Seli_vallavalitsus_Parnumaal, lk 11
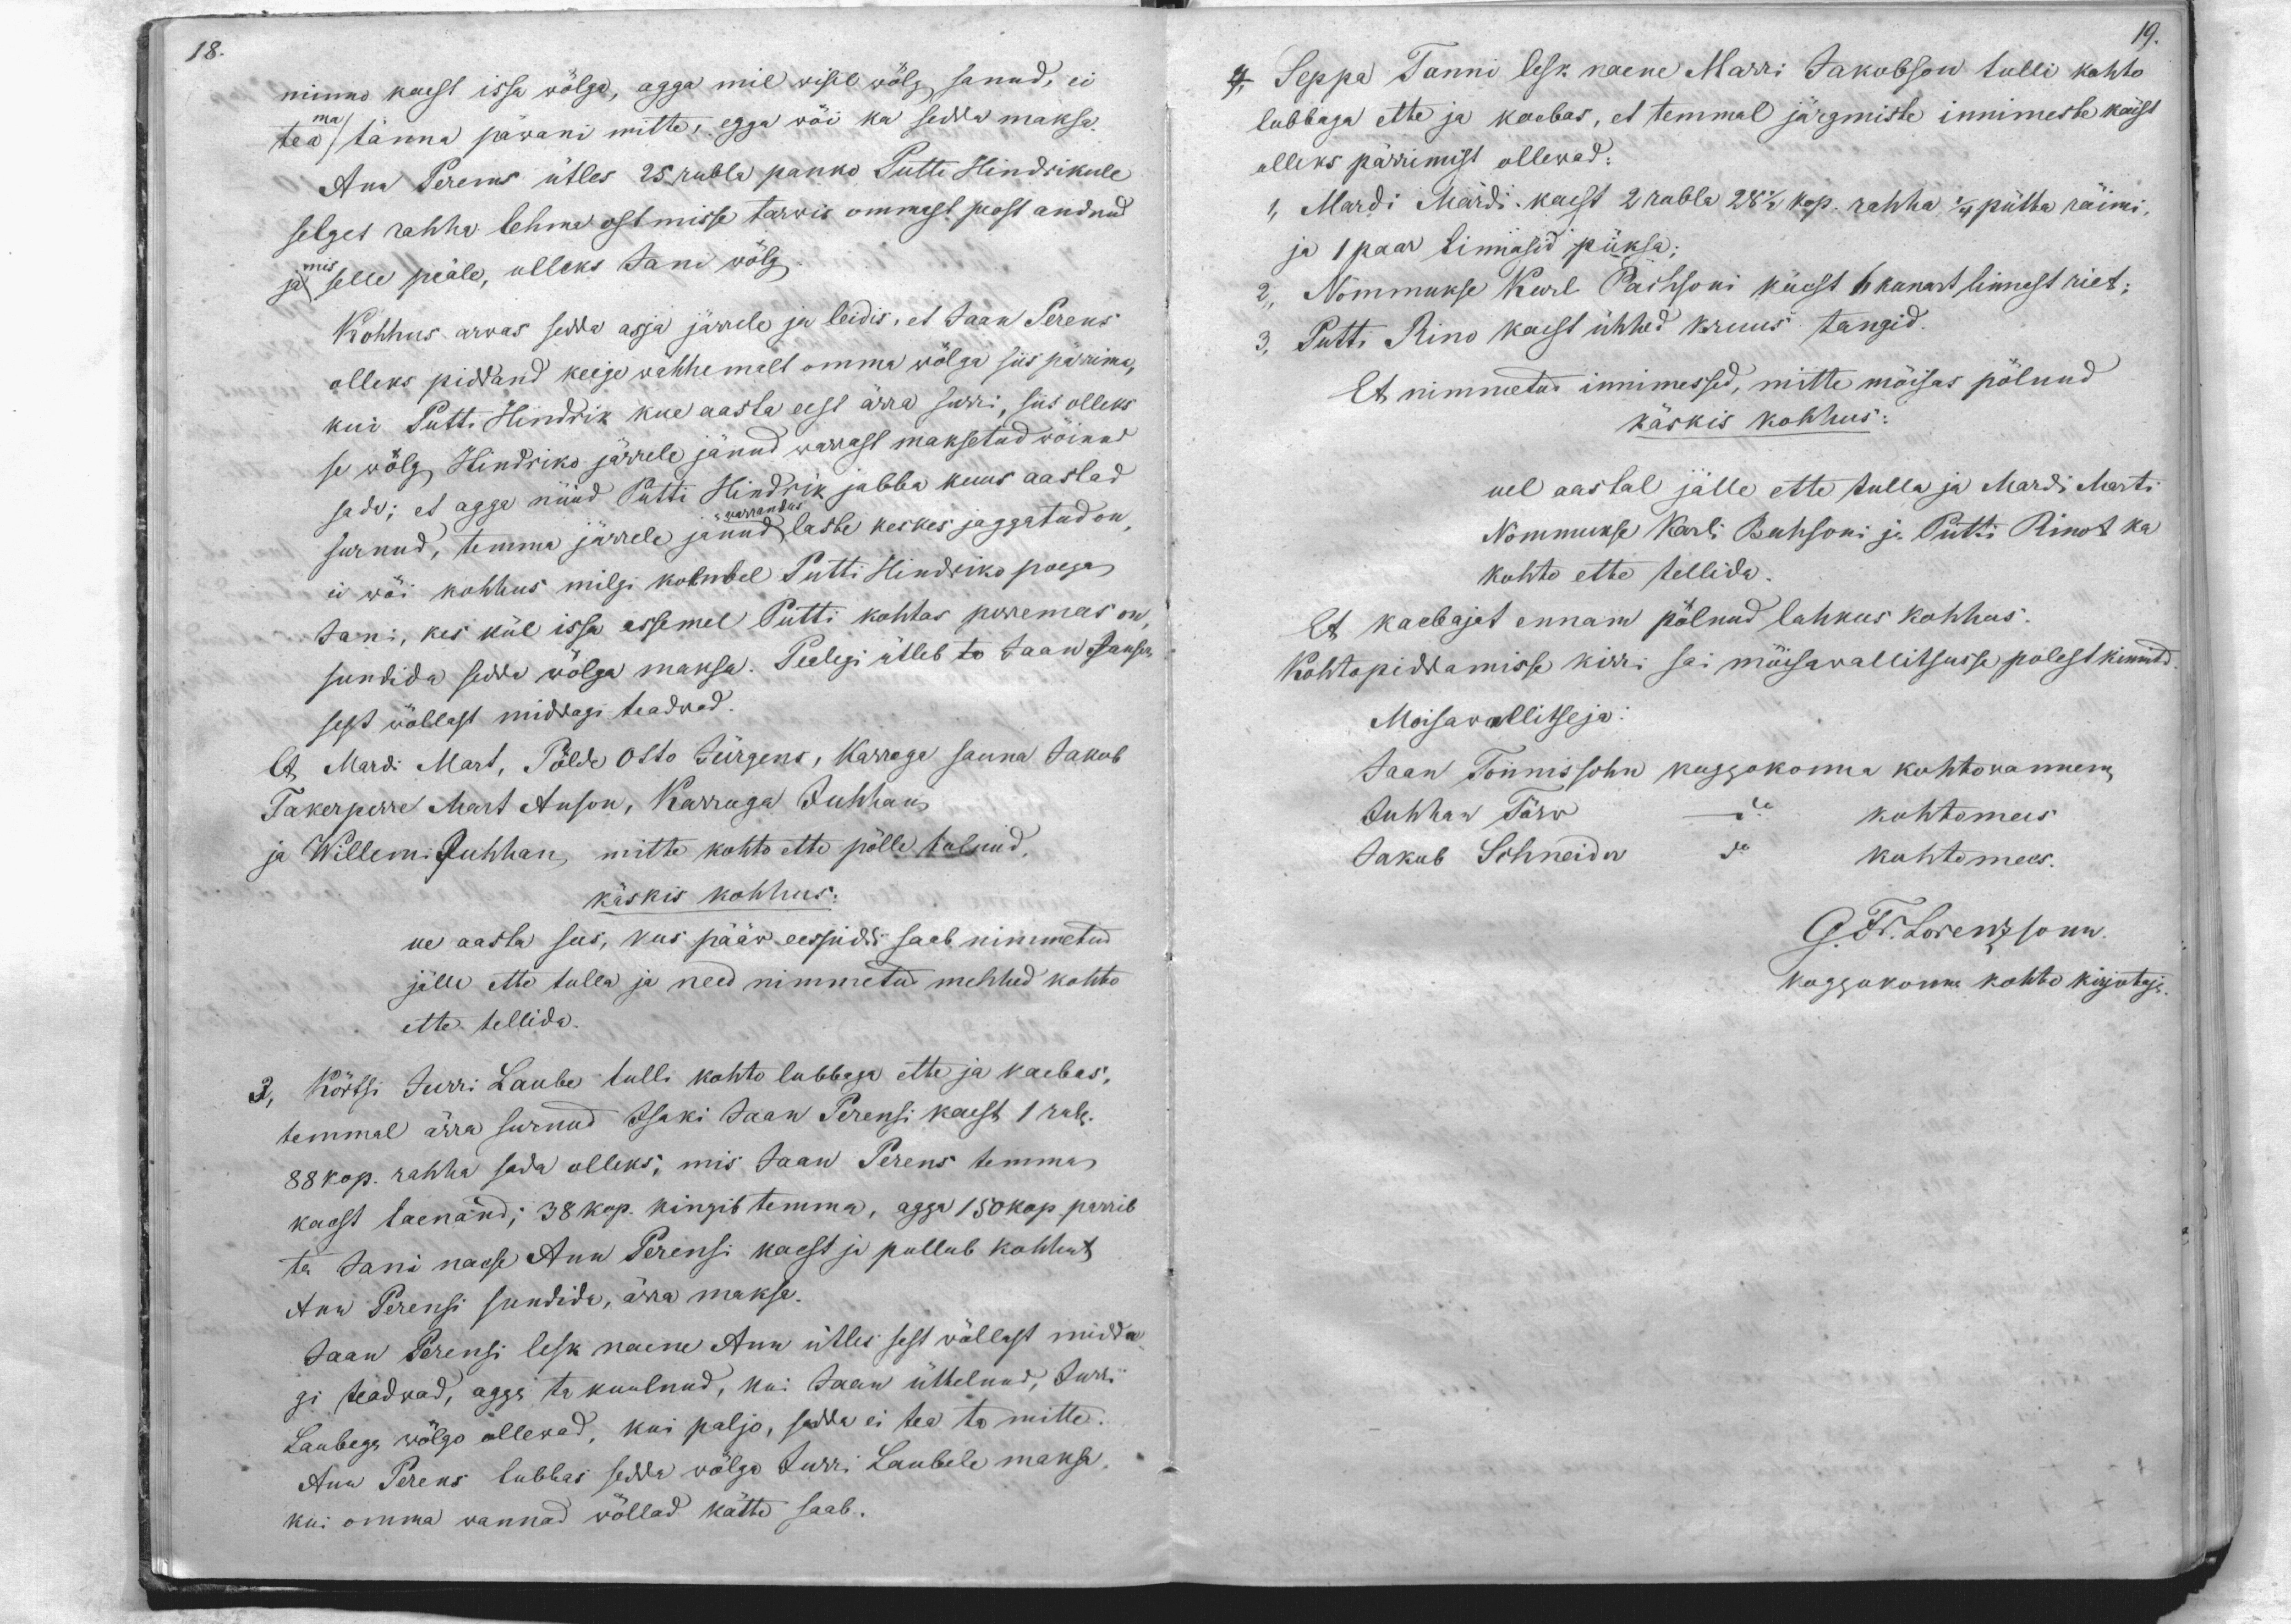
18.

19.

minno kaest issa wölga, agga mil wisil wölg sanud, ei
tea ma tänna päwani mitte, egga wöi ka sedda maksa
Ann Perens ütles 25 rubla panko Putti Hindrikule
selget rahha lehma ostmisse tarwis ommast peost andnud
ja mis selle peäle, olleks Jani wölg.
Kohhus arwas sedda asja järrele ja leidis, et Jaan Perens
olleks piddand keige wähhemalt omma wölga siis pärrima,
kui Putti Hindrik kue aasta eest ärra surri, siis olleks
se wölg Hindriko järrele jänud warrast maksetud wöinud
surnud, temma järrele jänud laste keskes jaggatud on
sada; et agga nüüd Putti Hindrik jubba kuus aastad
warrandus
ei wöi kohhus milgi kolmbel Putti Hindriko poega
Jani, kes kül issa assemel Putti kohtas peremees on
sundida sedda wölga maksa. Pealegi ütleb to Jaan Jansen
sest wöllast middagi teadwad.
Ot Mardi Mart, Pölde Otto Jürgens, Karroga sauna Jakob
Takerperre Mart Anson, Karruga Juhhan
ja Willemi Juhhan, mitte kohto ette pölle tulnud.
käskis kohhus.
ue aasta sees, kus pääw eespidi saab nimmetud
jälle ette tulla ja need nimmetud mehhed kohto
ette tellida.
3, Körtsi Jurri Laube tulli kohto lubbaga ette ja kaebas,
temmal ärra surnud Isaki Jaan Perensi käest 1 rub.
88 kop. rahha sada olleks, mis Jaan Perens temma
kaest laenand; 38 kop. kingib temma, agga 150 kop parrib
ta Jani naese Ann Perensi kaest ja pallub kohhut
Ann Perensi sundida, ärra makse.
Jaan Perensi lesk naine Ann ütles sest wöllast midda
gi teadwad, agga ta kuulnud, kui Jaan üttelnud, Jürri
Laubega wölgo ollewad, kui paljo, sedda ei tea ta mitte.
Ann Perens lubbas sedda wölgo Jürri Laubele maksa.
kui omma wannad wöllad kätte saab.

4, Seppa Tanni lesk naene Marri Jakobson tulli kohto
lubbaga ette ja kaebas, et temmal järgmiste innimeste käest
olleks pärrimist ollewad:
1. Mardi Märdi kaest 2 rubla 28 1/2 kop. rahha 1/4 pütta räimi.
ja 1 paar linnasid püksa;
2, Nõmmukse Karl Baihsoni käest 6 kunart linnest riet;
3, Putti Rino kaest ühhed kruus tangid.
et nimmetud innimessed, mitte möisas pölnud
käskis kohhus:
uel aastal jälle ette tulla ja Mardi Marti
Nömmukse Karli Bahsoni ja Putti Rinot ka
kohto ette tellida.
Et kaebajat ennam pölnud lahkus kohhus.
Kohtopiddamisse kirri sai möisawallitsusse polest kinnitd
Moisawallitseja.
Jaan Tönnissohn koggokonna kohtowannem
Juhhan Törw
kohtomees
Jakob Schneider
kohtomees.
G. Fr. Lorenzsonn.
koggokonna kohto kirjotaja